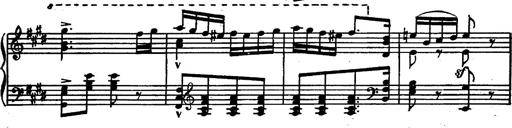
Title: Magyar rapszÃ³diÃ¡k
Composer: Franz Liszt